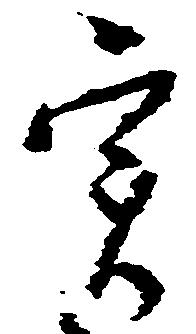
実